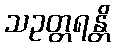
သဥတ္တရန္တိ